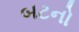
બટનો